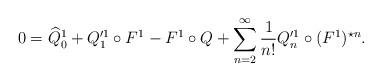
LaTeX: \begin{align*} 0 = \widehat{Q}_0^1 + Q'^1_1 \circ F^1 - F^1\circ Q + \sum_{n=2}^\infty \frac{1}{n!} Q'^1_n \circ (F^1)^{\star n}. \end{align*}